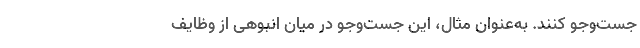
جست‌وجو کنند. به‌عنوان مثال، این جست‌وجو در میان انبوهی از وظایف